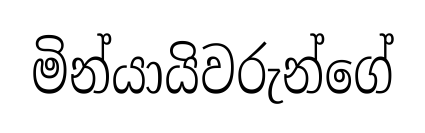
මින්යායිවරුන්ගේ